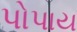
પોપાય